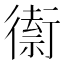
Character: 𲀡